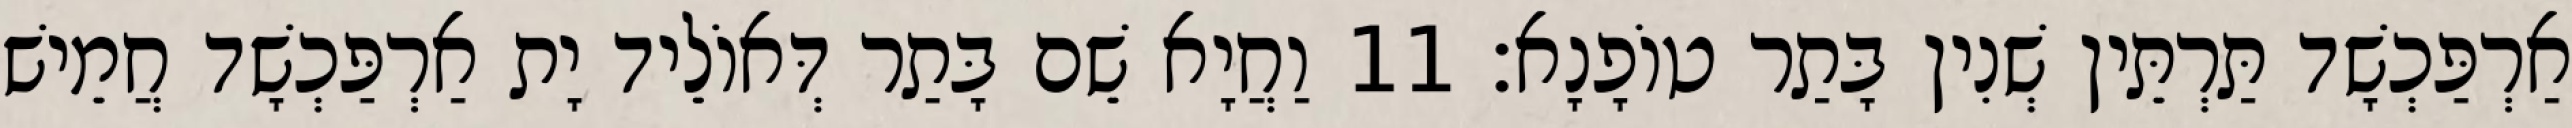
אַרְפַּכְשָׁד תַּרְתֵּין שְׁנִין בָּתַר טוֹפָנָא׃ 11 וַחֲיָא שֵׁם בָּתַר דְּאוֹלֵיד יָת אַרְפַּכְשָׁד חֲמֵישׁ